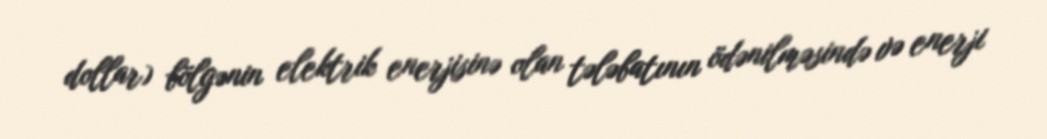
dollar) bölgənin elektrik enerjisinə olan tələbatının ödənilməsində və enerji